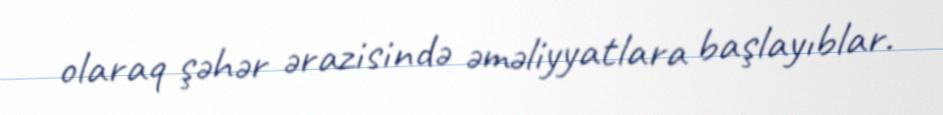
olaraq şəhər ərazisində əməliyyatlara başlayıblar.